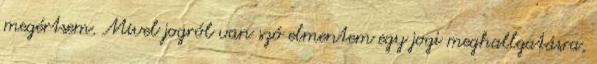
megértsem. Mivel jogról van szó elmentem egy jogi meghallgatásra,